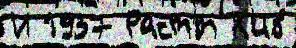
И 1937 Раст'́т К'ив